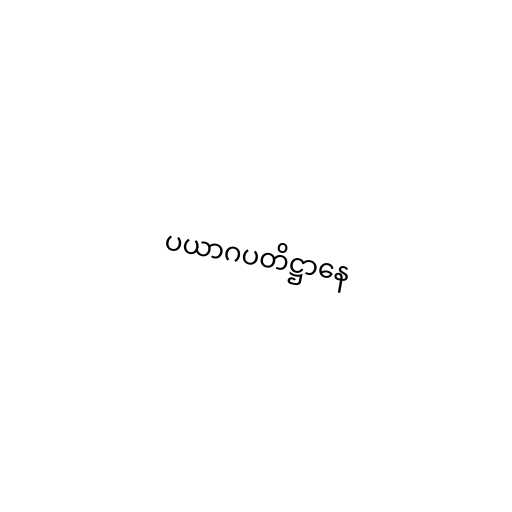
ပယာဂပတိဋ္ဌာနေ